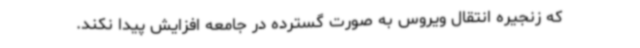
که زنجیره انتقال ویروس به صورت گسترده در جامعه افزایش پیدا نکند.